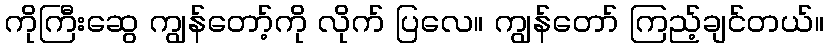
ကိုကြီးဆွေ ကျွန်တော့်ကို လိုက် ပြလေ။ ကျွန်တော် ကြည့်ချင်တယ်။